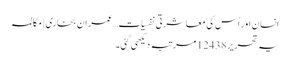
انسان اور اُس کی معاشرتی نفسیات…عمران بخاری | مکالمہ
یہ تحریر 12438 مرتبہ دیکھی گئی۔